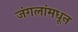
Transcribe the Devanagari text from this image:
जंगलांमधून